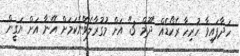
ހަދާފައިވާ ހުރިހާ ރެކޯޑެއް "ދޫމް 3" އަށް މުގުރާލެވޭނެކަމަށް އޭނާ އަށް ޔަގީން